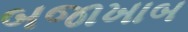
બજાખાબ